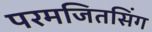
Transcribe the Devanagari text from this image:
परमजितसिंग